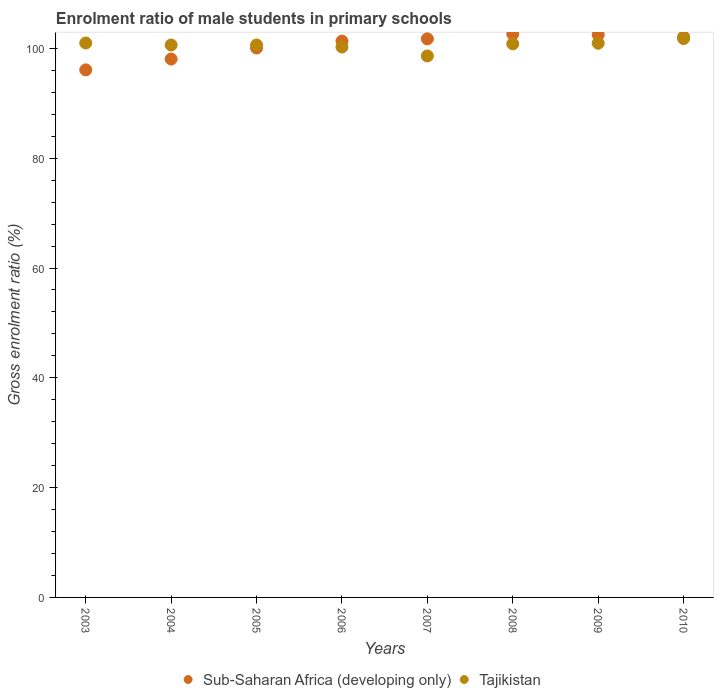
| Years | Sub-Saharan Africa (developing only) | Tajikistan |
 | --- | --- | --- |
 | 2003 | 96.1 | 101 |
 | 2004 | 98.1 | 101 |
 | 2005 | 100 | 101 |
 | 2006 | 101 | 100 |
 | 2007 | 102 | 98.6 |
 | 2008 | 103 | 101 |
 | 2009 | 103 | 101 |
 | 2010 | 102 | 102 |